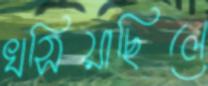
খসিয়াছিলে